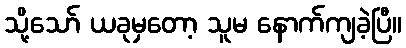
သို့သော် ယခုမှတော့ သူမ နောက်ကျခဲ့ပြီ။